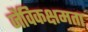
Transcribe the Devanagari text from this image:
जैविकक्षमता